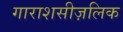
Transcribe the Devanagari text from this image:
गाराशसीज़लिक